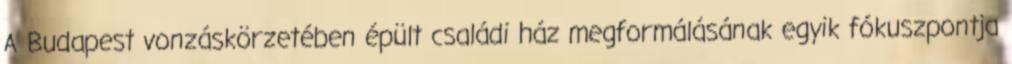
A Budapest vonzáskörzetében épült családi ház megformálásának egyik fókuszpontja